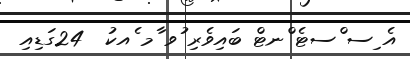
އެ ިސ ްސޓެ ްނޓް ބައިވެރި ުވ ާމ ެއކު  24ގަޑިއި